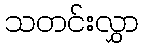
သတင်းလွှာ